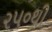
૨૫૦થી